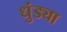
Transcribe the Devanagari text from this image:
धुंड्या